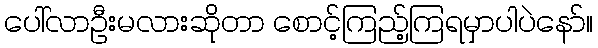
ပေါ်လာဦးမလားဆိုတာ စောင့်ကြည့်ကြရမှာပါပဲနော်။